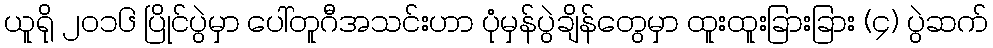
ယူရို ၂၀၁၆ ပြိုင်ပွဲမှာ ပေါ်တူဂီအသင်းဟာ ပုံမှန်ပွဲချိန်တွေမှာ ထူးထူးခြားခြား (၄) ပွဲဆက်